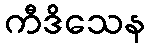
ကီဒိသေန